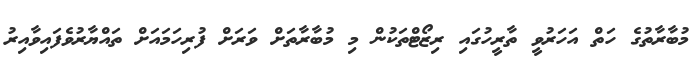
މުބާރާތުގެ ހަތް އަހަރުވީ ތާރީހުގައި ރިޒޯޓްތަކުން މި މުބާރާތަށް ވަރަށް ފުރިހަމައަށް ތައްޔާރުވެފައިވާއިރު